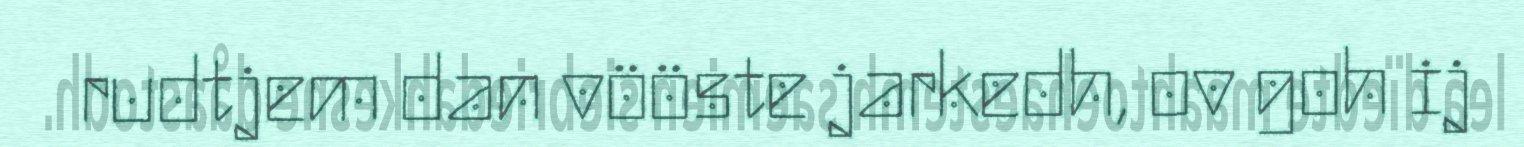
rudtjem dan vööste jarkedh, ov goh ij